Proceedings of the meeting of veterinary officers in India
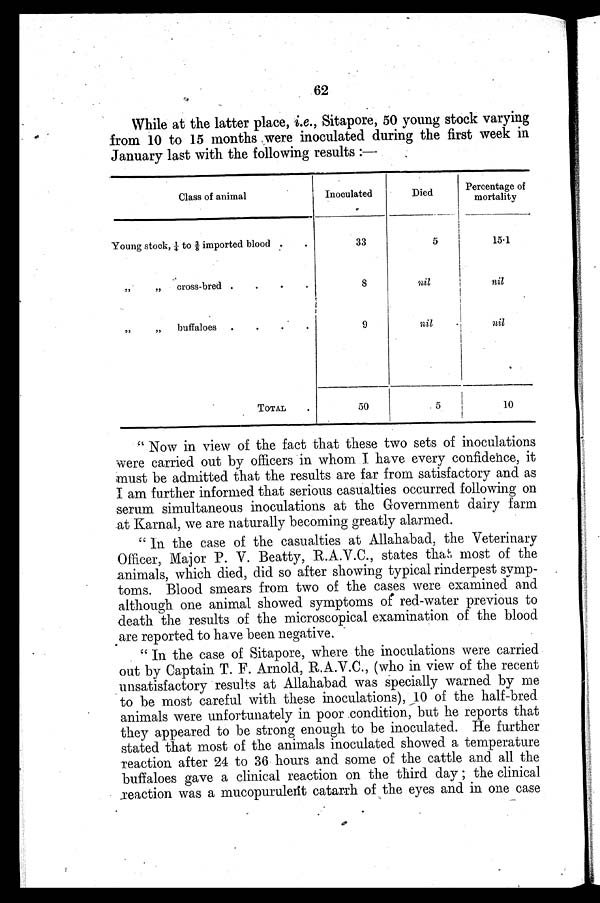
62
While at the latter place, i.e., Sitapore, 50 young stock varying
from 10 to 15 months were inoculated during the first week in
January last with the following results:—
Class of animal
Young stock, ¼ to 3/8 imported blood . .
„
„
cross-bred .
.
.
.
„
„
buffaloes
.
.
.
.
TOTAL .
Inoculated
33
8
9
50
Died
5
nil
nil
5
Percentage of
mortality
15.1
nil
nil
10
"Now in view of the fact that these two sets of inoculations
were carried out by officers in whom I have every confidence, it
must be admitted that the results are far from satisfactory and as
I am further informed that serious casualties occurred following on
serum simultaneous inoculations at the Government dairy farm
at Karnal, we are naturally becoming greatly alarmed.
"In the case of the casualties at Allahabad, the Veterinary
Officer, Major P. V. Beatty, R.A.V.C., states that most of the
animals, which died, did so after showing typical rinderpest symp-
toms. Blood smears from two of the cases were examined and
although one animal showed symptoms of red-water previous to
death the results of the microscopical examination of the blood
are reported to have been negative.
"In the case of Sitapore, where the inoculations were carried
out by Captain T. F. Arnold, R.A.V.C., (who in view of the recent
unsatisfactory results at Allahabad was specially warned by me
to be most careful with these inoculations), 10 of the half-bred
animals were unfortunately in poor condition, but he reports that
they appeared to be strong enough to be inoculated. He further
stated that most of the animals inoculated showed a temperature
reaction after 24 to 36 hours and some of the cattle and all the
buffaloes gave a clinical reaction on the third day; the clinical
reaction was a mucopurulent catarrh of the eyes and in one case